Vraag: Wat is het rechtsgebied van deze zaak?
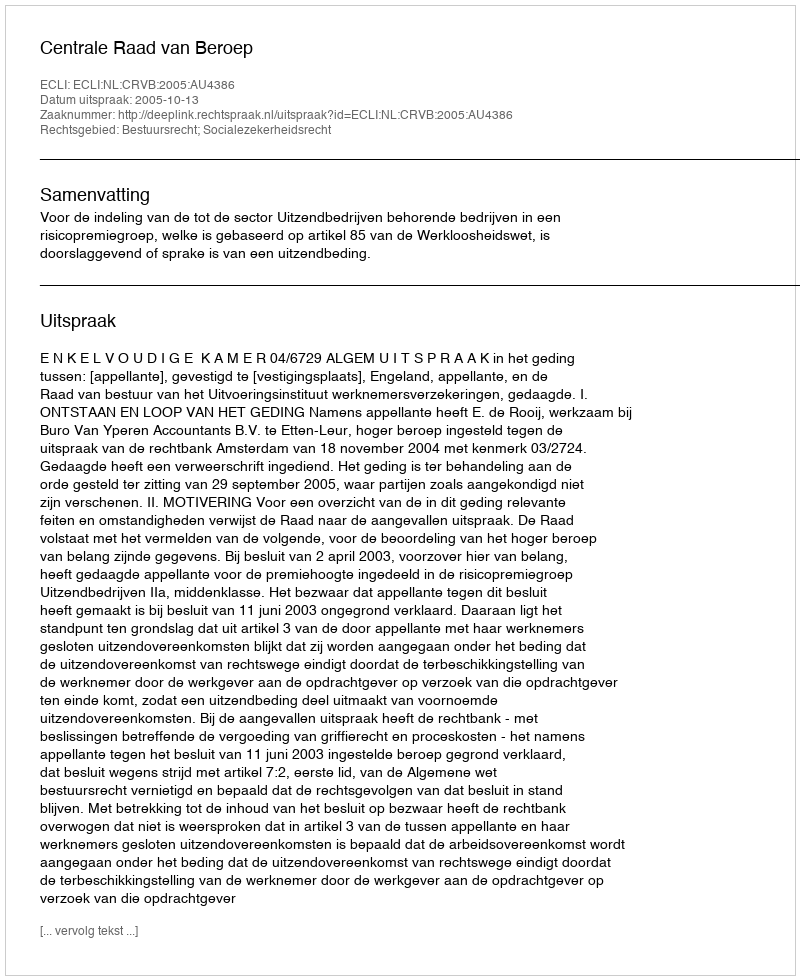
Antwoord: Bestuursrecht; Socialezekerheidsrecht